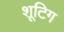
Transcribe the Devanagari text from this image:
शूटिग